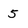
Character: 5